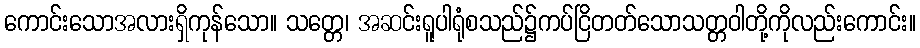
ကောင်းသောအလားရှိကုန်သော။ သတ္တေ၊ အဆင်းရူပါရုံစသည်၌ကပ်ငြိတတ်သောသတ္တဝါတို့ကိုလည်းကောင်း။